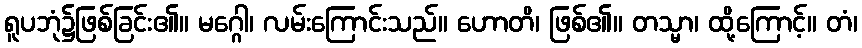
ရူပဘုံ၌ဖြစ်ခြင်း၏။ မဂ္ဂေါ၊ လမ်းကြောင်းသည်။ ဟောတိ၊ ဖြစ်၏။ တသ္မာ၊ ထို့ကြောင့်။ တံ၊